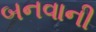
બનવાની